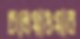
চলেযাওয়ার